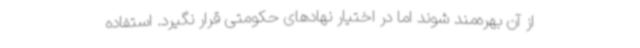
از آن بهره‌مند شوند اما در اختیار نهادهای حکومتی قرار نگیرد. استفاده